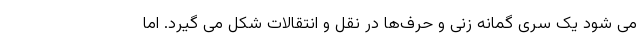
می شود یک سری گمانه زنی و حرف‌ها در نقل و انتقالات شکل می گیرد. اما